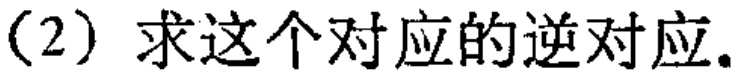
(2) 求这个对应的逆对应。